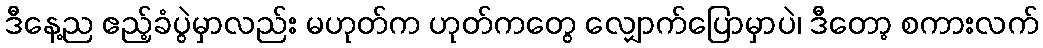
ဒီနေ့ည ဧည့်ခံပွဲမှာလည်း မဟုတ်က ဟုတ်ကတွေ လျှောက်ပြောမှာပဲ၊ ဒီတော့ စကားလက်